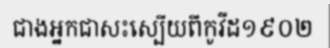
ជាងអ្នកជាសះស្បើយពីកូវីដ១៩០២